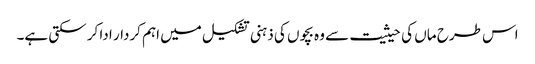
اس طرح ماں کی حیثیت سے وہ بچوں کی ذہنی تشکیل میں اہم کردار ادا کر سکتی ہے۔